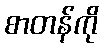
စာတန်ကို